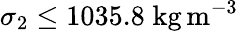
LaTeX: \sigma_{2}\le 1035.8\; \mathrm{kg}\, \mathrm{m}^{-3}